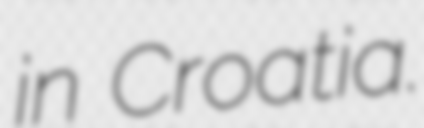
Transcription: in Croatia.